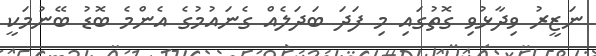
ނަޒީރު ވިދާޅުވި ގޮތުގައި މި ފަދަ ބަދަލެއް ގެނައުމުގެ އެންމެ ބޮޑު ބޭނުމަކީ